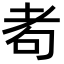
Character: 耇